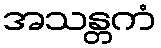
အသန္တကံ